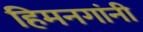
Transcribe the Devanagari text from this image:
हिमनगांनी